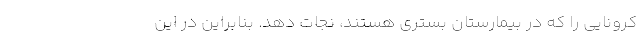
کرونایی را که در بیمارستان بستری هستند، نجات دهد. بنابراین در این